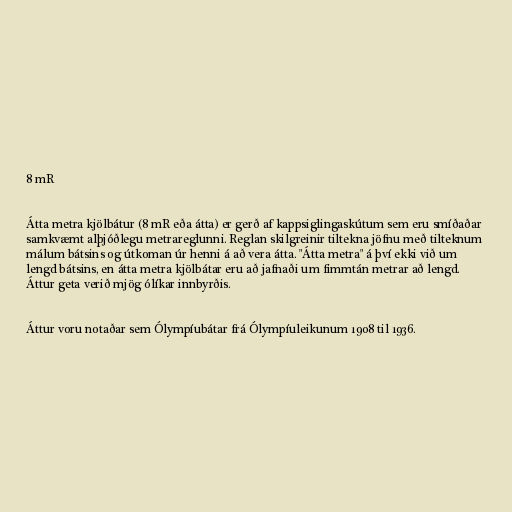
8 mR

Átta metra kjölbátur (8 mR eða átta) er gerð af kappsiglingaskútum sem eru smíðaðar
samkvæmt alþjóðlegu metrareglunni. Reglan skilgreinir tiltekna jöfnu með tilteknum
málum bátsins og útkoman úr henni á að vera átta. "Átta metra" á því ekki við um
lengd bátsins, en átta metra kjölbátar eru að jafnaði um fimmtán metrar að lengd.
Áttur geta verið mjög ólíkar innbyrðis.

Áttur voru notaðar sem Ólympíubátar frá Ólympíuleikunum 1908 til 1936.